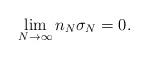
LaTeX: \begin{align*}\lim_{N\to \infty} n_N \sigma_N = 0.\end{align*}